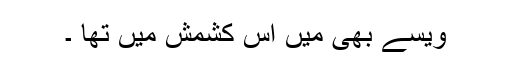
ویسے بھی میں اس کشمش میں تھا ۔